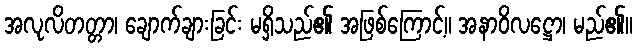
အလုလိတတ္တာ၊ ချောက်ချားခြင်း မရှိသည်၏ အဖြစ်ကြောင့်။ အနာဝိလဋ္ဌော၊ မည်၏။